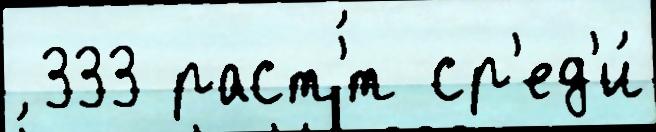
 333 раст'́т ср'ед'и́